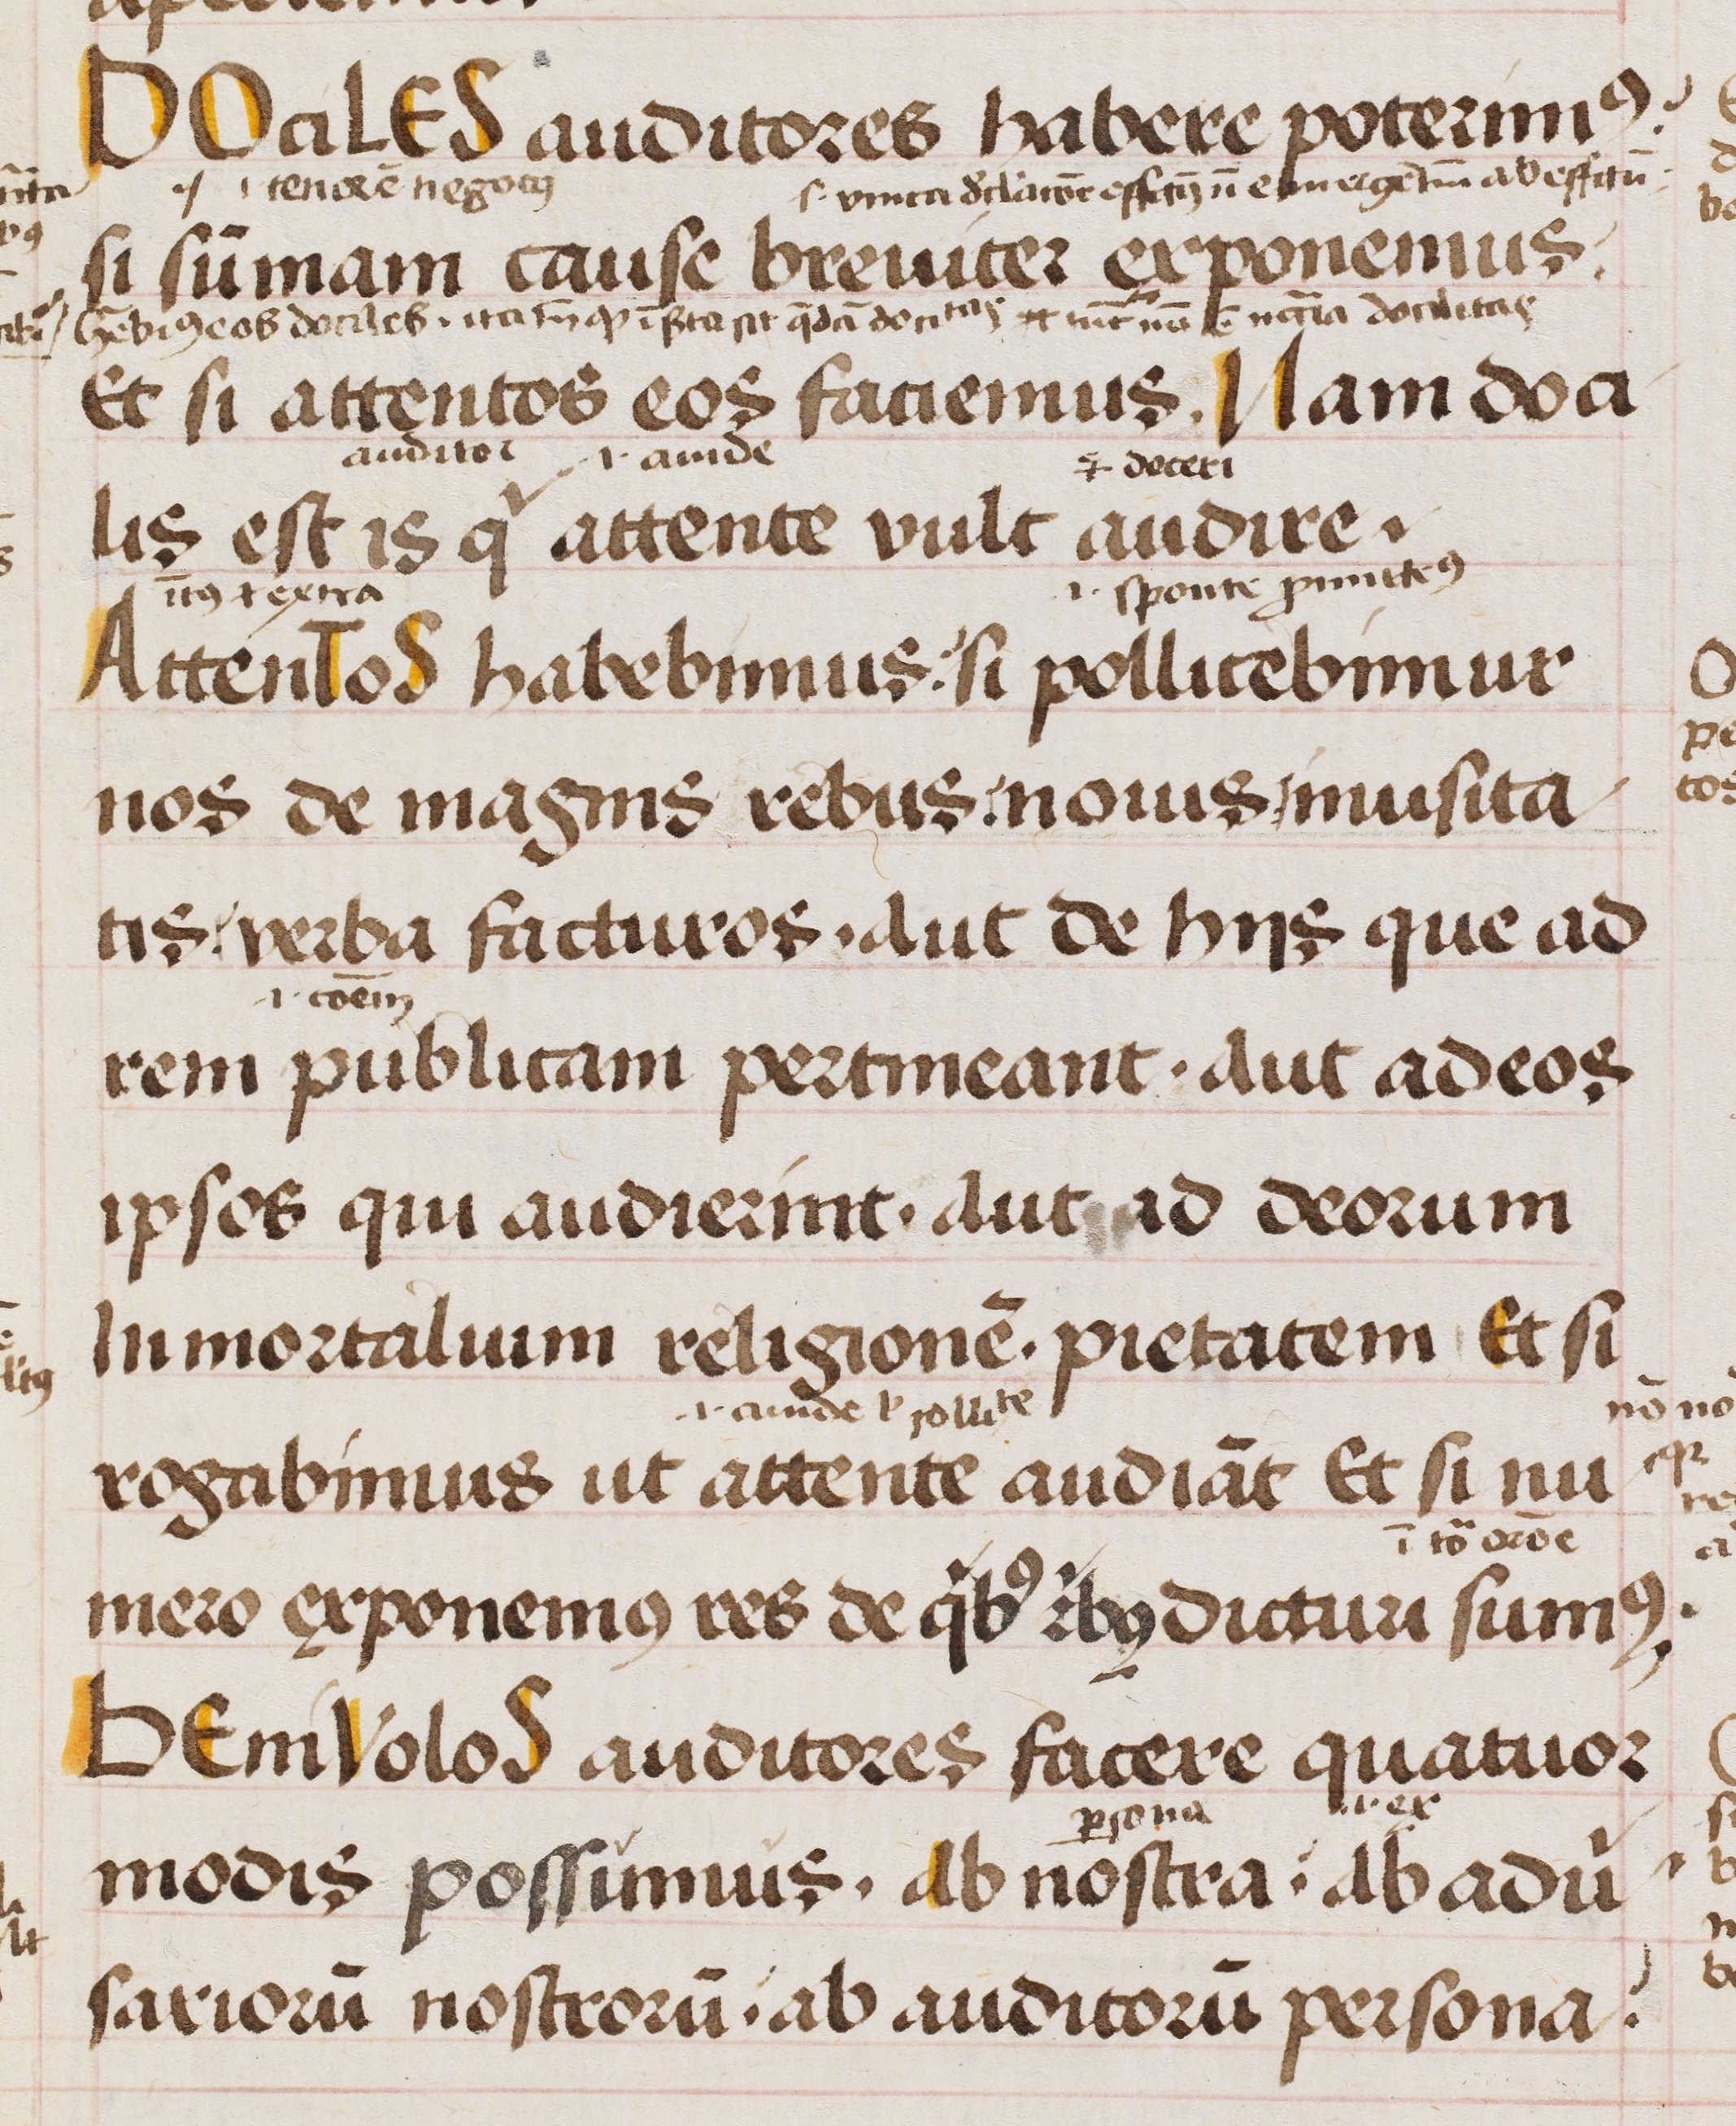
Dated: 1470–1470